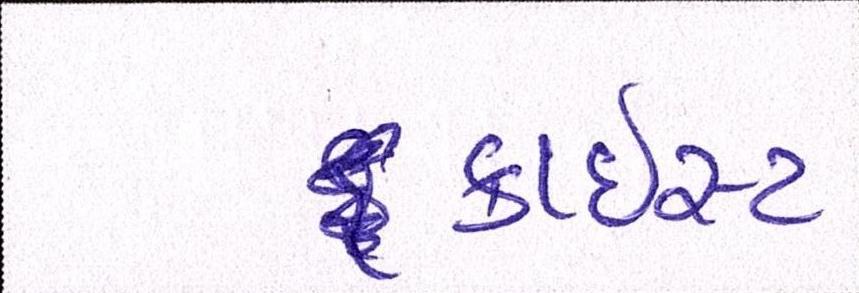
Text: ક્રાઇસ્ટ